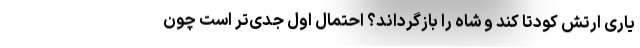
یاری ارتش کودتا کند و شاه را بازگرداند؟ احتمال اول جدی‌تر است چون